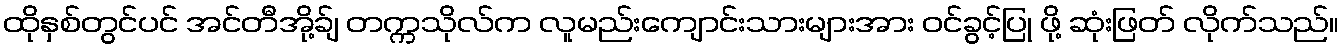
ထိုနှစ်တွင်ပင် အင်တီအို့ခ်ျ တက္ကသိုလ်က လူမည်းကျောင်းသားများအား ဝင်ခွင့်ပြု ဖို့ ဆုံးဖြတ် လိုက်သည်။